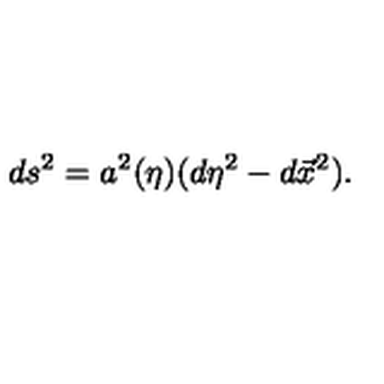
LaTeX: d s ^ { 2 } = a ^ { 2 } ( \eta ) ( d \eta ^ { 2 } - d \vec { x } ^ { 2 } ) .